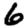
Digit: 6